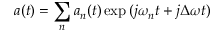
a ( t ) = \sum _ { n } a _ { n } ( t ) \exp { ( j \omega _ { n } t + j \Delta \omega t ) }